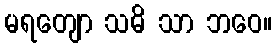
မရတျော သဓိ သာ ဘဝေ။